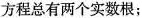
方程总有两个实数根；